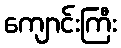
ကျောင်းကြီး